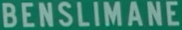
BENSILIMANE